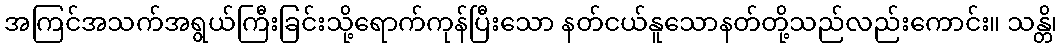
အကြင်အသက်အရွယ်ကြီးခြင်းသို့ရောက်ကုန်ပြီးသော နတ်ငယ်နူသောနတ်တို့သည်လည်းကောင်း။ သန္တိ၊